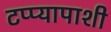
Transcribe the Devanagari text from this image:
टप्प्यापाशी